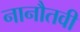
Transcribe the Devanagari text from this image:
नानौतवी